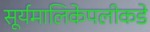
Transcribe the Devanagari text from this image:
सूर्यमालिकेपलीकडे